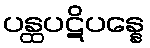
ပန္ထပဋိပန္နေ